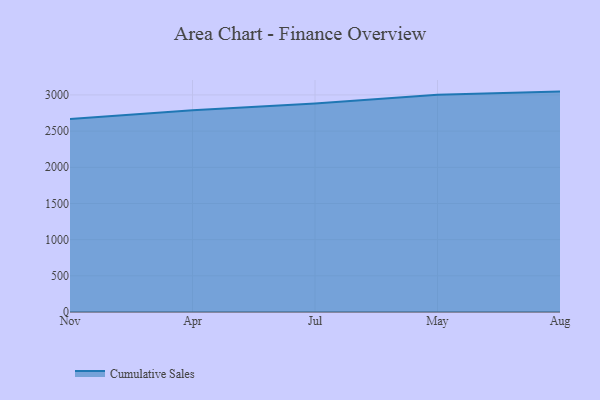
{"axis": {"x": "Month", "y": "Headcount"}, "legend": ["Cumulative Sales"], "data": [{"x": "Nov", "y": 2668.9, "type": "Cumulative Sales"}, {"x": "Apr", "y": 2789.0, "type": "Cumulative Sales"}, {"x": "Jul", "y": 2880.0, "type": "Cumulative Sales"}, {"x": "May", "y": 3000.9, "type": "Cumulative Sales"}, {"x": "Aug", "y": 3046.0, "type": "Cumulative Sales"}]}